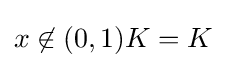
{\textstyle x\not \in (0,1)K=K}